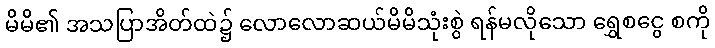
မိမိ၏ အသပြာအိတ်ထဲ၌ လောလောဆယ်မိမိသုံးစွဲ ရန်မလိုသော ရွှေစငွေ စကို